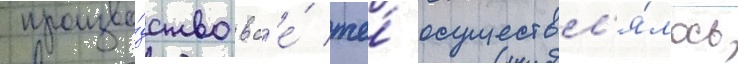
произво́дство вс'е́ же́ осуществл'я́лось